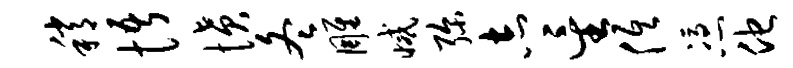
稍悟愤冬雕减弥志星低凭他